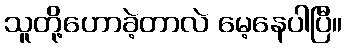
သူတို့ဟောခဲ့တာလဲ မေ့နေပါပြီ။